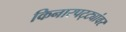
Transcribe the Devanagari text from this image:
किनारपट्ट्यांवर